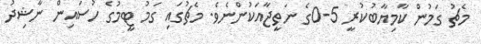
މެޗު ގަމުން ކާމިޔާބުކުރީ 5-0ގެ ނަތީޖާއަކުންނެވެ. މެޗުގައި ގަމު ޓީމުގެ ހުސައިން ނާޝިދު